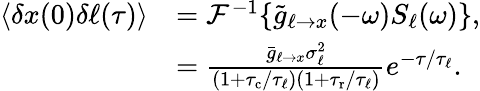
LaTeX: \begin{array}{rl}{\langle\delta x(0)\delta\ell(\tau)\rangle}&{=\mathcal{F}^{-1}\{ \tilde{g}_{\ell\to x}(-\omega)S_{\ell}(\omega)\} ,}\\ &{=\frac{\bar{g}_{\ell\to x}\sigma_{\ell}^{2}}{(1+{\tau_{\mathrm{c}}}/\tau_{\ell})(1+{\tau_{\mathrm{r}}}/\tau_{\ell})}e^{-\tau/\tau_{\ell}}.}\end{array}